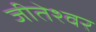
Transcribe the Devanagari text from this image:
जीतेश्वर